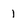
Character: 1